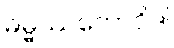
ဓမ္မဿကောဝိဒါ